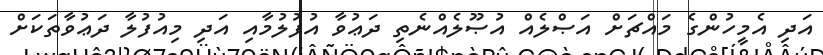
އަދި އެމީހުންގެ މައްޗަށް އަޞްލެއް އުޞޫލެއްނެތި ދަޢުވާ އުފުލުމާއި އަދި މިއުފުލާ ދަޢުވާތަކަށް